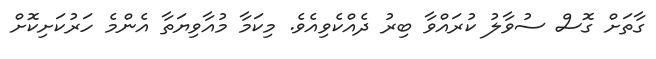
ގާތަށް ގޮސް ސުވާލު ކުރައްވާ ބިރު ދެއްކެވިއެވެ. މިކަމާ މުއާވިޔަތާ އެންމެ ހަރުކަށިކޮށް